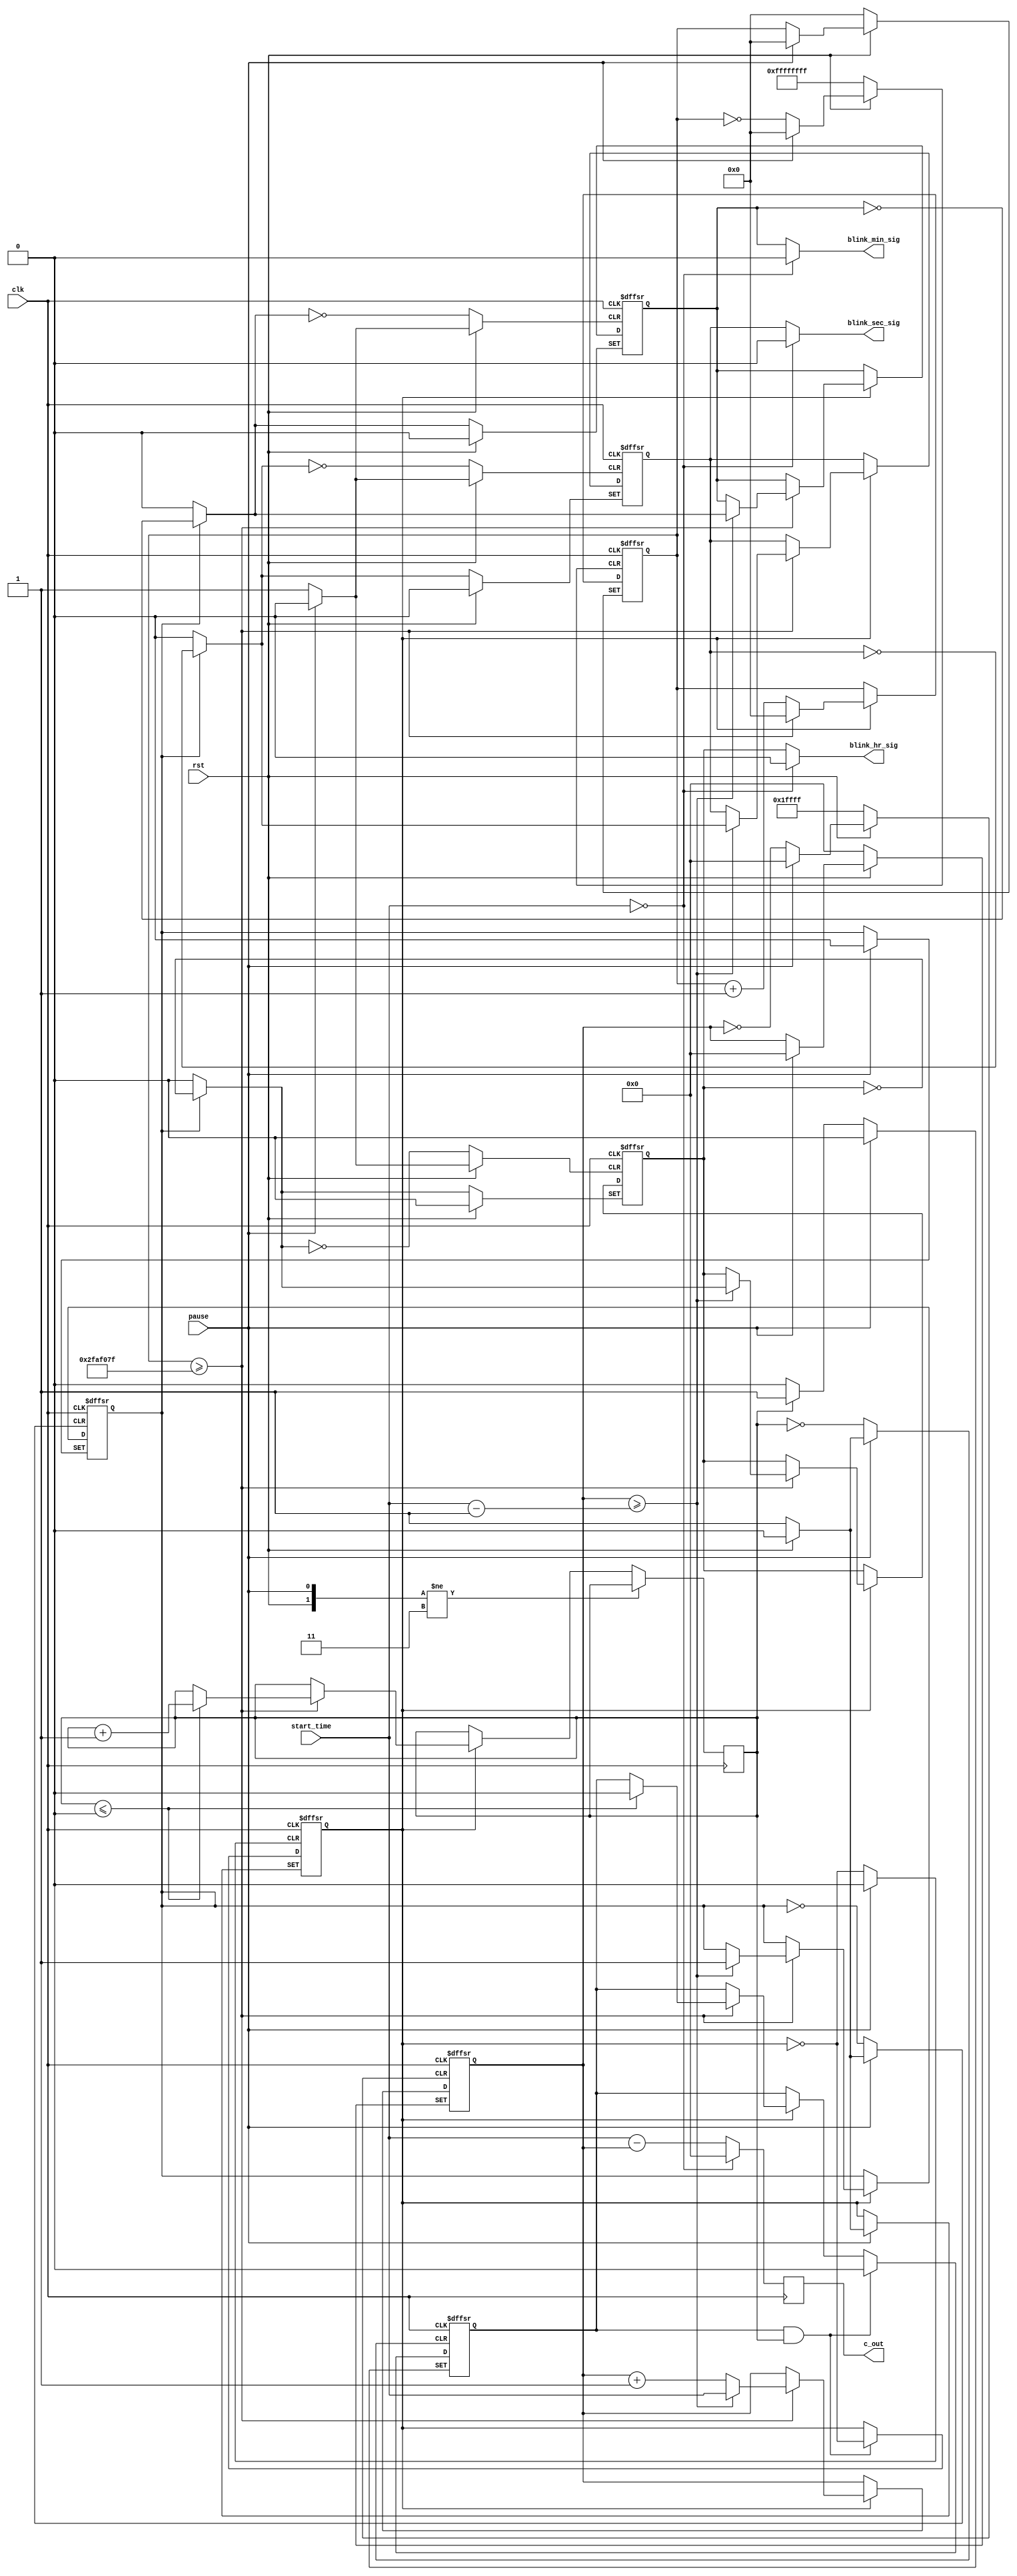
module count_down (clk, start_time, rst, pause, /*led_out,*/ blink_hr_sig, blink_min_sig, blink_sec_sig, c_out);	

parameter full_sec = 32'd50000000;	//cycles in ful second of 50Mhz clock
/*I/O*/
input clk, rst, pause;
input [16:0] start_time;
output [16:0] c_out;
output blink_hr_sig, blink_min_sig, blink_sec_sig;

reg [31:0] count = 32'd0;				//Counts every clock cycle.
reg state = 1'd1;							//Keeps track of state (play=1/pause=0).
reg detect = 1'd0;						//Helps detect push of play/pause button.
reg dfault = 2'd0;						//Helps control behaviour on initial run of design.
reg done = 1'd0;							//Goes high if count down is complete
reg [16:0] c_out_buffer = 17'd0;		//Holds current value of count down
reg [16:0] out_buffer = 17'd0;		//Hold output value of count down
/*Store blink status*/
reg blink_hr = 1'd0;
reg blink_min = 1'd0;
reg blink_sec = 1'd0;

/*Count down process*/
always @(negedge clk or negedge rst or negedge pause)
begin
	if (rst == 0)		//If reset, reset state, times, and pause/play detection.
	begin	
		count <= 32'd0;
		c_out_buffer <= 17'd0;
		state <= 1'd1;
		detect <= 1'd0;
		done <= 1'd0;
		blink_hr <= done ? (~blink_hr) : (1'd0);
		blink_min <= done ? (~blink_min) : (1'd0);
		blink_sec <= done ? (~blink_sec) : (1'd0);
	end	
	else 
	begin
		if (pause == 0)		//If pause button is pushed down, set detect to 1.
		begin
			detect <= (dfault == 2'd0) ? 1'd0 : 1'd1;
			blink_hr <= 1'd0;
			blink_min <= 1'd0;
			blink_sec <= 1'd0;
		end
		else
		begin
			if ((detect == 1'd1) && (dfault != 2'd0))		//If paused button was released from a push down, change state (pause/play).
			begin
				detect <= 1'd0;			//Set detect back to 0.
				state <= ~state;			//Change state.
				if (state == 1'd1)		//If state is play (state=1), count. Else, don't count.
				begin
					/*Count*/
					count <= count + 32'd1;
					if (count >= full_sec - 32'd1)	//If 1 second is reached, increment sec.
					begin
						count <= 32'd0;
						c_out_buffer <= c_out_buffer + 17'd1;
						if(c_out_buffer >= start_time - 17'd1)
						begin
							c_out_buffer <= start_time;
							done <= 1'd1;
							blink_hr <= done ? (~blink_hr) : (1'd0);
							blink_min <= done ? (~blink_min) : (1'd0);
							blink_sec <= done ? (~blink_sec) : (1'd0);
						end
						/*False button push detection*/
						if (dfault <= 2'd0)
						begin
							dfault <= dfault + 2'd1;
							detect <= 1'd0;
						end
					end
				end				
			end
			else			//If paused button was not released from a push down, do not change state.
			begin
				if (state == 1'd1)	//If state is play, count. Else, don't count.
				begin
					/*Count*/
					count <= count + 32'd1;
					if (count >= full_sec - 32'd1)	//If 1 second is reached, increment sec.
					begin
						count <= 32'd0;
						c_out_buffer <= c_out_buffer + 17'd1;
						if(c_out_buffer >= start_time - 17'd1)
						begin
							c_out_buffer <= start_time;
							done <= 1'd1;
							blink_hr <= done ? (~blink_hr) : (1'd0);
							blink_min <= done ? (~blink_min) : (1'd0);
							blink_sec <= done ? (~blink_sec) : (1'd0);
						end
						/*False button push detection*/
						if (dfault <= 2'd0)
						begin
							dfault <= dfault + 2'd1;
							detect <= 1'd0;
						end
					end
				end
			end
		end
	end
end	


/*If start time is zero, pass zero to the output*/
always @(negedge clk)
begin
	out_buffer <= (start_time == 17'd0) ? (17'd0) : start_time - c_out_buffer;
end
/*Wire outputs*/
assign blink_hr_sig = (start_time == 17'd0) ? 1'd0 : blink_hr;
assign blink_min_sig = (start_time == 17'd0) ? 1'd0 : blink_min;
assign blink_sec_sig = (start_time == 17'd0) ? 1'd0 : blink_sec;
assign c_out = out_buffer;

endmodule